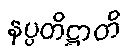
နပ္ပတိဋ္ဌာတိ